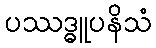
ပဿဒ္ဓူပနိသံ